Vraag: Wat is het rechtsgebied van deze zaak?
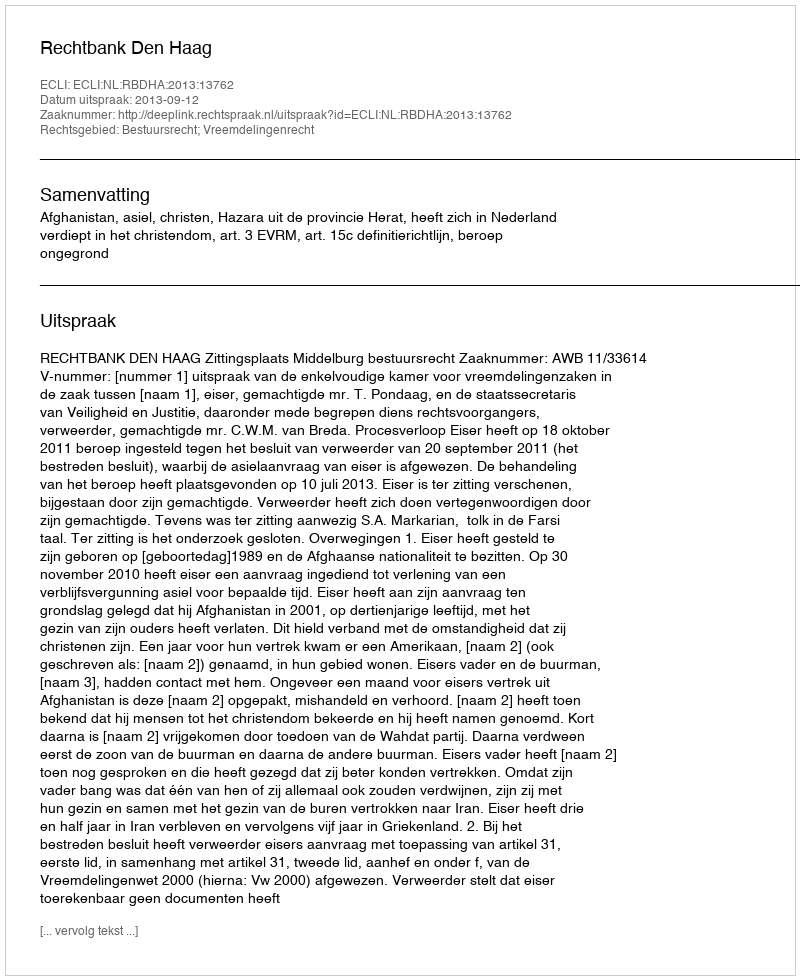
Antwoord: Bestuursrecht; Vreemdelingenrecht